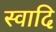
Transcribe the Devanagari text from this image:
स्वादि